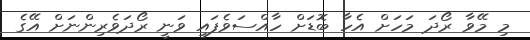
މި މޭވާ ރޯދަ މަހަށް އެހާ ބޮޑަށް ހާއްސަވެފައި ވަނީ ރޯދަވެރިންނަށް އޭގެ